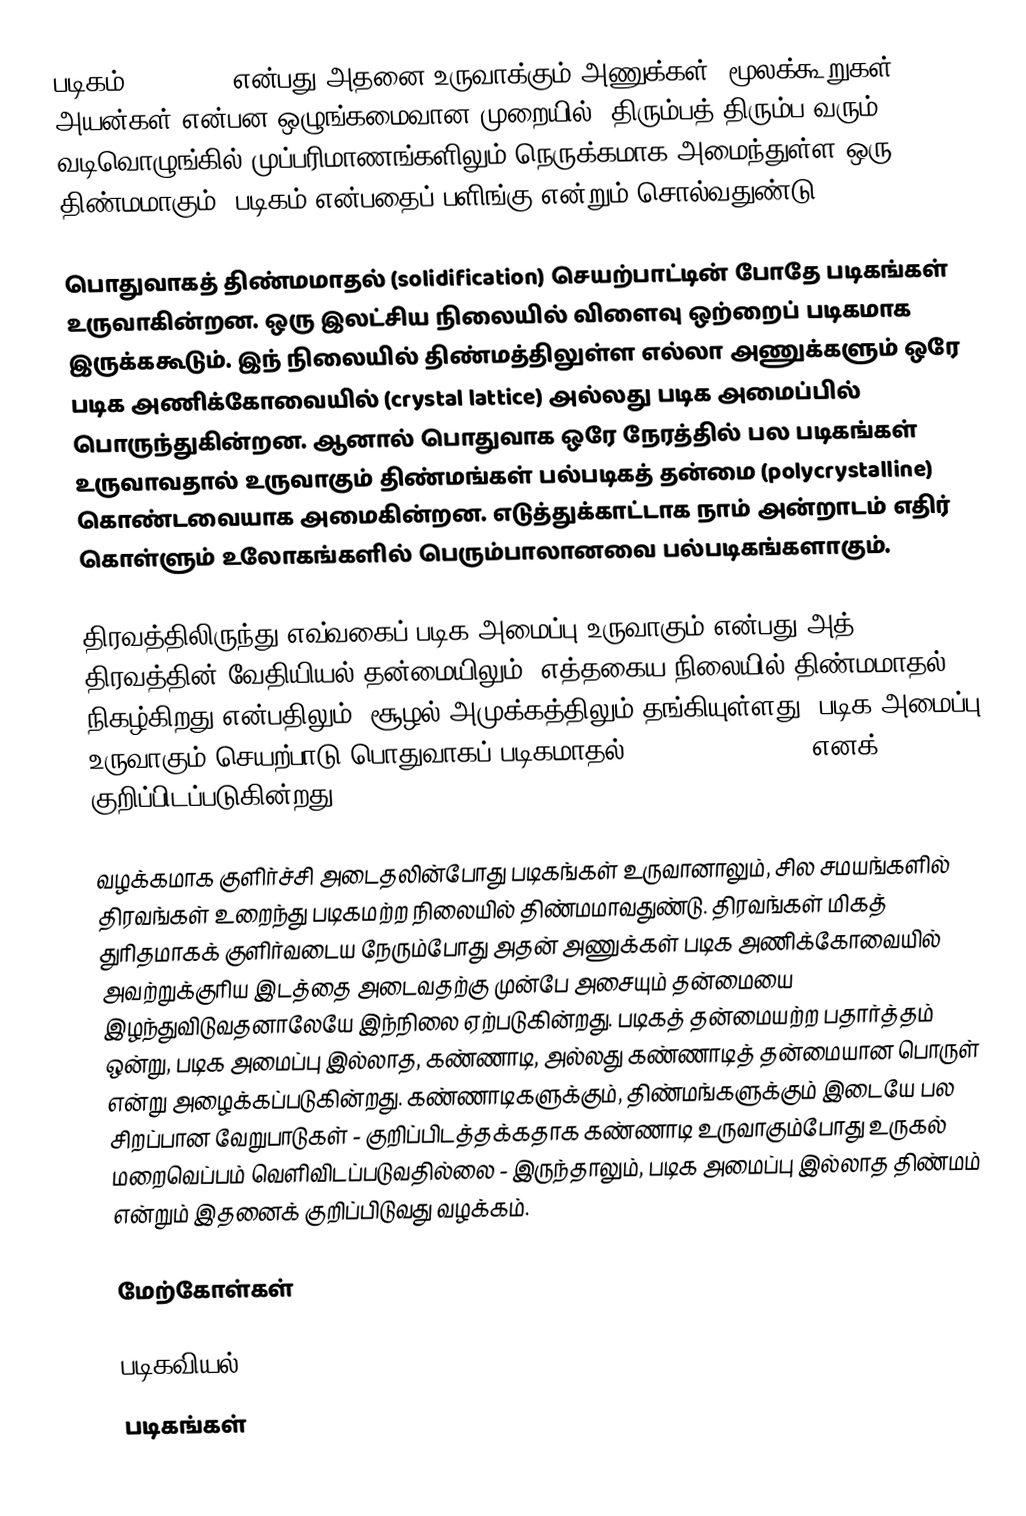
படிகம் (crystal) என்பது அதனை உருவாக்கும் அணுக்கள், மூலக்கூறுகள், அயன்கள் என்பன ஒழுங்கமைவான முறையில், திரும்பத் திரும்ப வரும் வடிவொழுங்கில் முப்பரிமாணங்களிலும் நெருக்கமாக அமைந்துள்ள ஒரு திண்மமாகும். படிகம் என்பதைப் பளிங்கு என்றும் சொல்வதுண்டு.

பொதுவாகத் திண்மமாதல் (solidification) செயற்பாட்டின் போதே படிகங்கள் உருவாகின்றன. ஒரு இலட்சிய நிலையில் விளைவு ஒற்றைப் படிகமாக இருக்ககூடும். இந் நிலையில் திண்மத்திலுள்ள எல்லா அணுக்களும் ஒரே படிக அணிக்கோவையில் (crystal lattice) அல்லது படிக அமைப்பில் பொருந்துகின்றன. ஆனால் பொதுவாக ஒரே நேரத்தில் பல படிகங்கள் உருவாவதால் உருவாகும் திண்மங்கள் பல்படிகத் தன்மை (polycrystalline) கொண்டவையாக அமைகின்றன. எடுத்துக்காட்டாக நாம் அன்றாடம் எதிர் கொள்ளும் உலோகங்களில் பெரும்பாலானவை பல்படிகங்களாகும்.

திரவத்திலிருந்து எவ்வகைப் படிக அமைப்பு உருவாகும் என்பது அத் திரவத்தின் வேதியியல் தன்மையிலும், எத்தகைய நிலையில் திண்மமாதல் நிகழ்கிறது என்பதிலும், சூழல் அமுக்கத்திலும் தங்கியுள்ளது. படிக அமைப்பு உருவாகும் செயற்பாடு பொதுவாகப் படிகமாதல் (crystallization) எனக் குறிப்பிடப்படுகின்றது.

வழக்கமாக குளிர்ச்சி அடைதலின்போது படிகங்கள் உருவானாலும், சில சமயங்களில் திரவங்கள் உறைந்து படிகமற்ற நிலையில் திண்மமாவதுண்டு. திரவங்கள் மிகத் துரிதமாகக் குளிர்வடைய நேரும்போது அதன் அணுக்கள் படிக அணிக்கோவையில் அவற்றுக்குரிய இடத்தை அடைவதற்கு முன்பே அசையும் தன்மையை இழந்துவிடுவதனாலேயே இந்நிலை ஏற்படுகின்றது. படிகத் தன்மையற்ற பதார்த்தம் ஒன்று, படிக அமைப்பு இல்லாத, கண்ணாடி, அல்லது கண்ணாடித் தன்மையான பொருள் என்று அழைக்கப்படுகின்றது. கண்ணாடிகளுக்கும், திண்மங்களுக்கும் இடையே பல சிறப்பான வேறுபாடுகள் - குறிப்பிடத்தக்கதாக கண்ணாடி உருவாகும்போது உருகல் மறைவெப்பம் வெளிவிடப்படுவதில்லை - இருந்தாலும், படிக அமைப்பு இல்லாத திண்மம் என்றும் இதனைக் குறிப்பிடுவது வழக்கம்.

மேற்கோள்கள்

படிகவியல்
படிகங்கள்